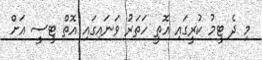
މި ދެ ޓީމު ކުރީގައި އޮތީ ހަތަރު ވަނައިގައި އޮތް ޓީސީ އަށް